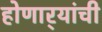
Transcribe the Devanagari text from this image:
होणार्‍यांची